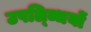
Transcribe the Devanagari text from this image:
उपल्ब्धियों